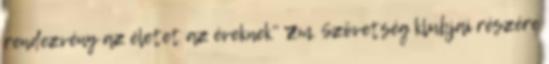
rendezvény az életet az éveknek" Zm. Szövetség klubjai részére